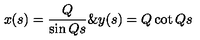
x ( s ) = \frac { Q } { \sin Q s } \& y ( s ) = Q \cot Q s